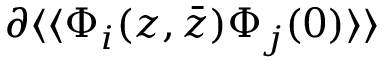
\partial \langle \langle \Phi _ { i } ( z , \bar { z } ) \Phi _ { j } ( 0 ) \rangle \rangle